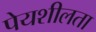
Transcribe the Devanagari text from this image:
पेयशीलता